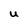
Character: U